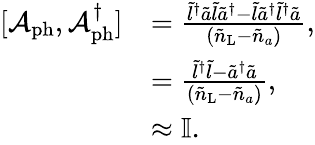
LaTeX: \begin{array}{rl}{[\mathcal{A}_{\mathrm{ph}},\mathcal{A}_{\mathrm{ph}}^{\dagger}]}&{=\frac{\tilde{l}^{\dagger}\tilde{a}\tilde{l}\tilde{a}^{\dagger}-\tilde{l}\tilde{a}^{\dagger}\tilde{l}^{\dagger}\tilde{a}}{(\tilde{n}_{\mathrm{L}}-\tilde{n}_{a})},}\\ &{=\frac{\tilde{l}^{\dagger}\tilde{l}-\tilde{a}^{\dagger}\tilde{a}}{{(\tilde{n}_{\mathrm{L}}-\tilde{n}_{a})}},}\\ &{\approx\mathbb{I}.}\end{array}